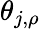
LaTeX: \theta_{j,\rho}